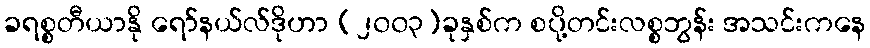
ခရစ္စတီယာနို ရော်နယ်လ်ဒိုဟာ (၂၀၀၃)ခုနှစ်က စပို့တင်းလစ္စဘွန်း အသင်းကနေ